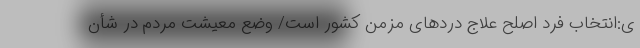
ی:انتخاب فرد اصلح علاج دردهای مزمن کشور است/ وضع معیشت مردم در شأن